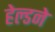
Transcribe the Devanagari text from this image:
हेल्डने